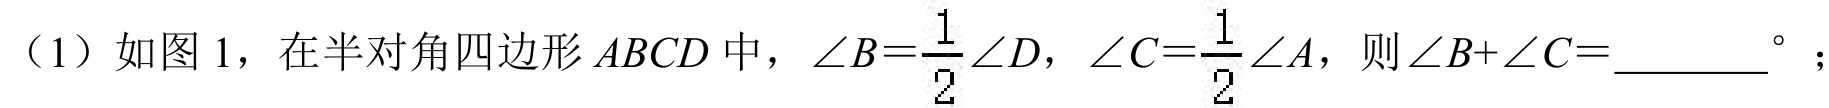
（1）如图 1，在半对角四边形\(ABCD\)中，\(\angle B = \frac{1}{2}\angle D\)，\(\angle C=\frac{1}{2}\angle A\)，则\(\angle B + \angle C=\_\_\_\_\_^{\circ}\)；